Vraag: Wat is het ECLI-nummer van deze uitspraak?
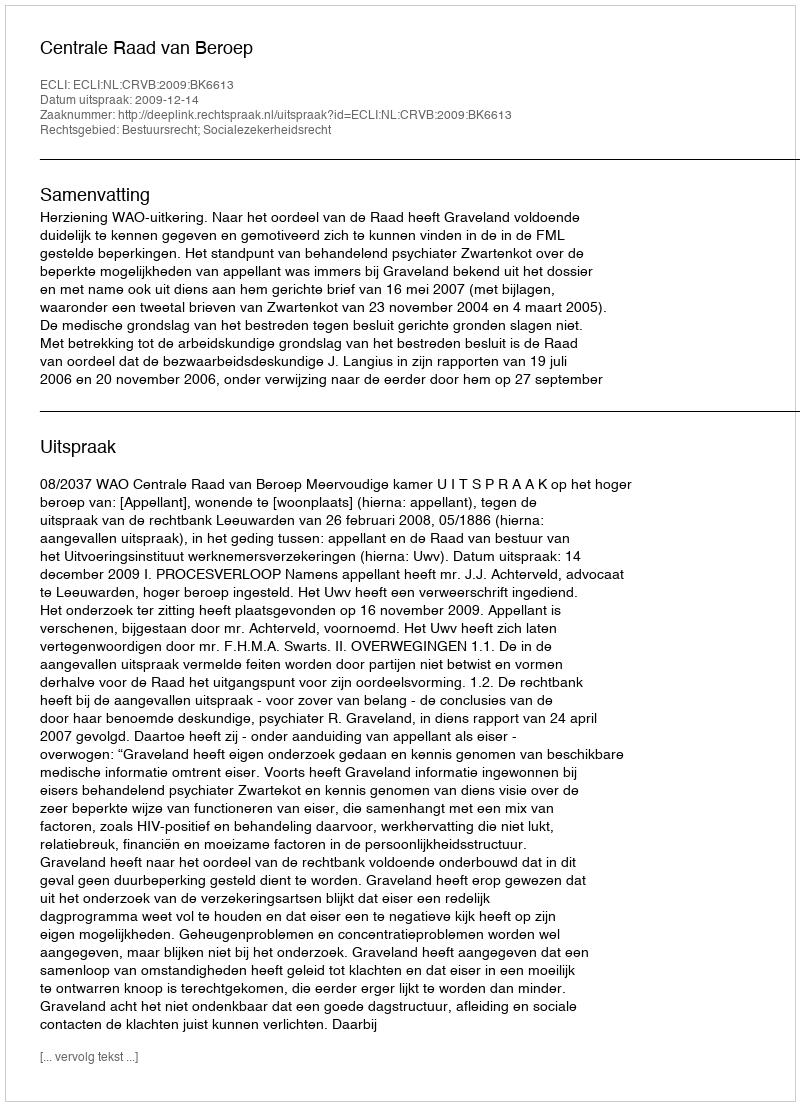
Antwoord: ECLI:NL:CRVB:2009:BK6613